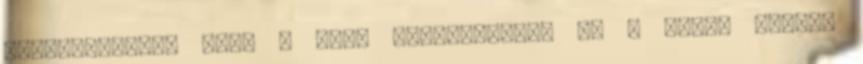
tartózkodókat Erre a lány hátrafordult és a hátsó ülésen